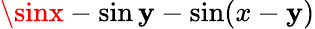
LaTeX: \sinx-\sin\mathbf{y}-\sin(x-\mathbf{y})